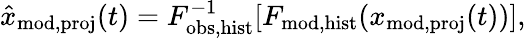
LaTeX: \hat{x}_{\mathrm{mod,proj}}(t)=F_{\mathrm{obs,hist}}^{-1}[F_{\mathrm{mod,hist}}(x_{\mathrm{mod,proj}}(t))],